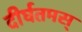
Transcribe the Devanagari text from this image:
दीर्घतमस्‌